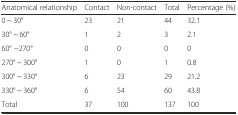
<table><thead><tr><td><b>Anatomical relationship</b></td><td><b>Contact</b></td><td><b>Non-contact</b></td><td><b>Total</b></td><td><b>Percentage (%)</b></td></tr></thead><tbody><tr><td>0 ~ 30°</td><td>23</td><td>21</td><td>44</td><td>32.1</td></tr><tr><td>30° ~ 60°</td><td>1</td><td>2</td><td>3</td><td>2.1</td></tr><tr><td>60° ~270°</td><td>0</td><td>0</td><td>0</td><td>0</td></tr><tr><td>270° ~ 300°</td><td>1</td><td>0</td><td>1</td><td>0.8</td></tr><tr><td>300° ~ 330°</td><td>6</td><td>23</td><td>29</td><td>21.2</td></tr><tr><td>330° ~ 360°</td><td>6</td><td>54</td><td>60</td><td>43.8</td></tr><tr><td>Total</td><td>37</td><td>100</td><td>137</td><td>100</td></tr></tbody></table>